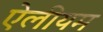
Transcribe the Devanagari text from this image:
ऐलीयम